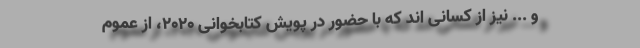
و ... نیز از کسانی اند که با حضور در پویش کتابخوانی ۲۰۲۰، از عموم